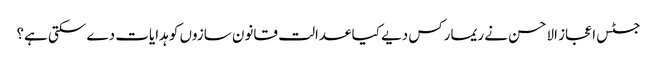
جسٹس اعجاز الاحسن نے ریمارکس دیے کیا عدالت قانون سازوں کو ہدایات دے سکتی ہے؟